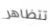
تتظاهر